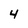
Character: 4